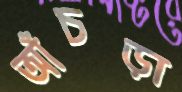
আঁচড়া